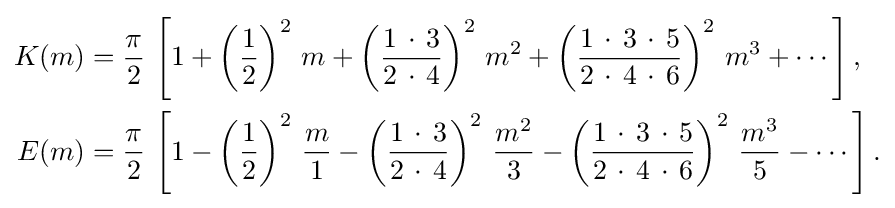
{\begin{aligned}K(m)&={\frac {\pi }{2}}\,\left[1+\left({\frac {1}{2}}\right)^{2}\,m+\left({\frac {1\,\cdot \,3}{2\,\cdot \,4}}\right)^{2}\,m^{2}+\left({\frac {1\,\cdot \,3\,\cdot \,5}{2\,\cdot \,4\,\cdot \,6}}\right)^{2}\,m^{3}+\cdots \right],\\E(m)&={\frac {\pi }{2}}\,\left[1-\left({\frac {1}{2}}\right)^{2}\,{\frac {m}{1}}-\left({\frac {1\,\cdot \,3}{2\,\cdot \,4}}\right)^{2}\,{\frac {m^{2}}{3}}-\left({\frac {1\,\cdot \,3\,\cdot \,5}{2\,\cdot \,4\,\cdot \,6}}\right)^{2}\,{\frac {m^{3}}{5}}-\cdots \right].\end{aligned}}